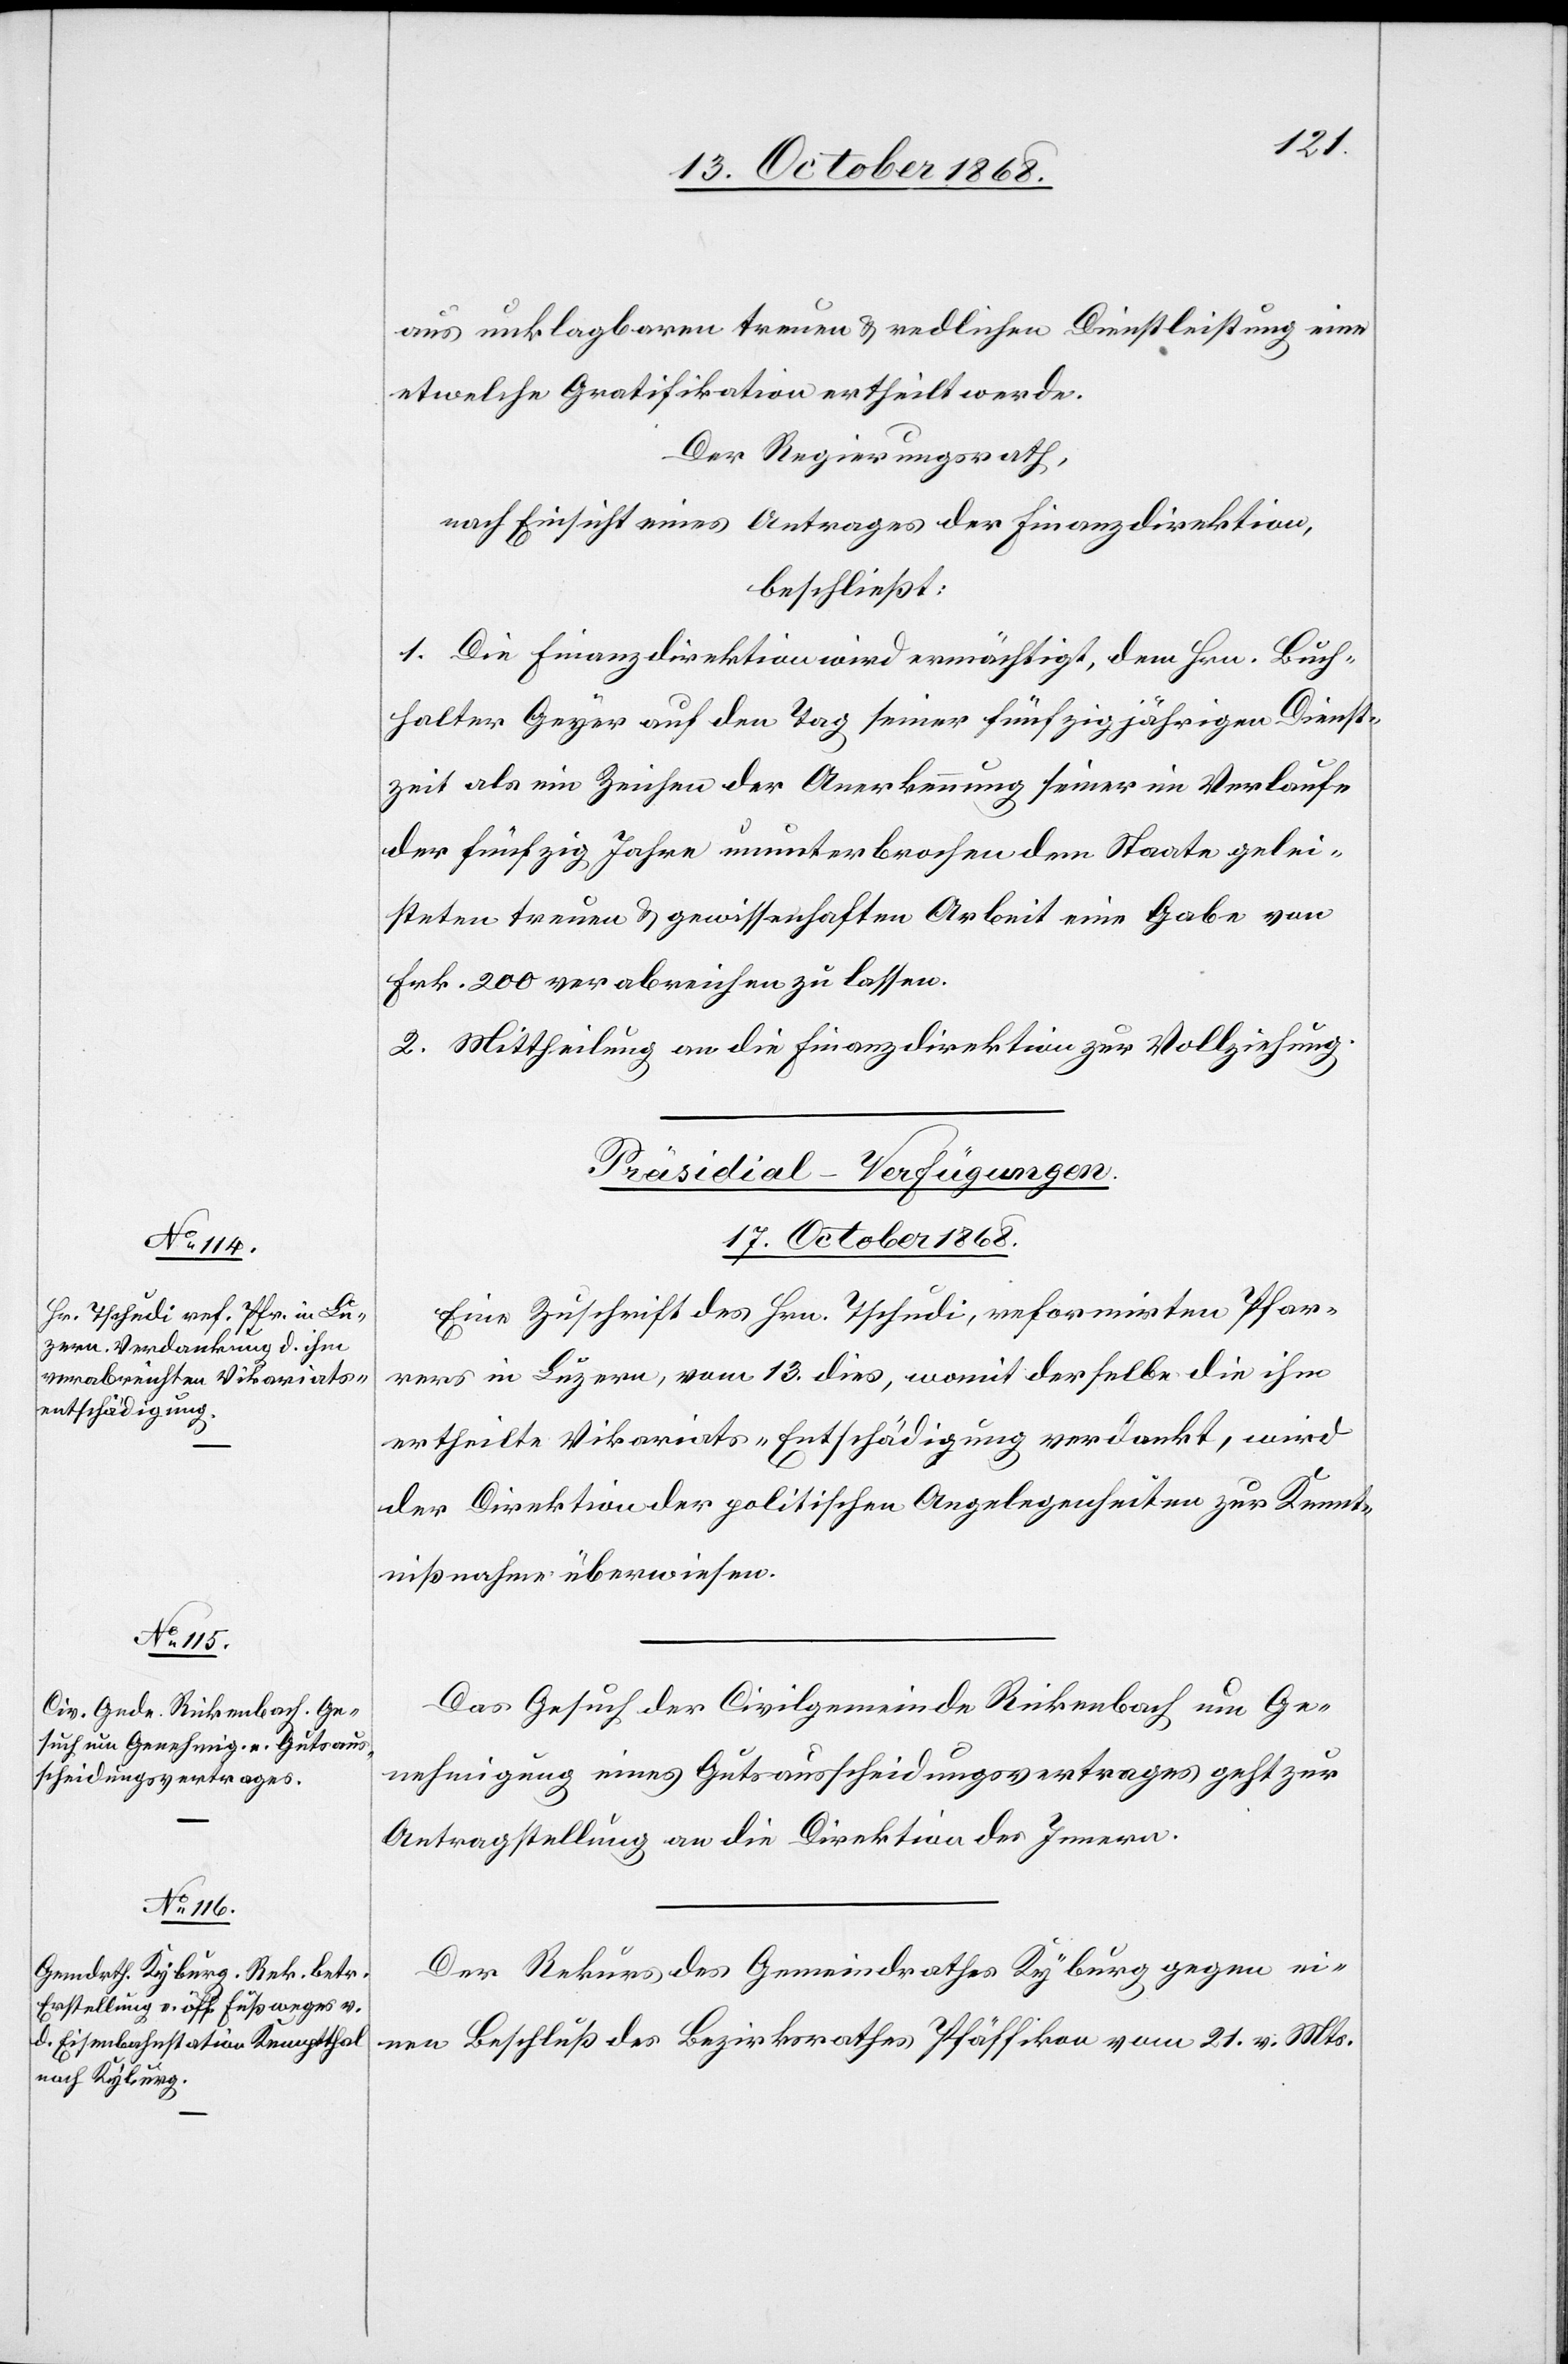
aus unklagbaren treuen & redlichen Dienstleistung eine
etwelche Gratifikation ertheilt werde.
Der Regierungsrath,
nach Einsicht eines Antrages der Finanzdirektion,
beschließt:
1. Die Finanzdirektion wird ermächtigt, dem Hrn. Buch¬
halter Geyer auf den Tag seiner fünfzigjährigen Dienst¬
zeit als ein Zeichen der Anerkennung seiner im Verlaufe
der fünfzig Jahre ununterbrochen dem Staate gelei¬
steten treuen & gewissenhaften Arbeit eine Gabe von
Frk. 200 verabreichen zu lassen.
2. Mittheilung an die Finanzdirektion zur Vollziehung.
[Präsidial-Verfügungen.
17. October 1868.]
Eine Zuschrift des Hrn. Tschudi, reformirten Pfar¬
rers in Luzern, vom 13. dies, womit derselbe die ihm
ertheilte Vikariats-Entschädigung verdankt, wird
der Direktion der politischen Angelegenheiten zur Kennt¬
nißnahme überwiesen.
Das Gesuch der Civilgemeinde Rickenbach um Ge¬
nehmigung eines Gutsausscheidungsvertrages geht zur
Antragstellung an die Direktion des Innern.
Der Rekurs des Gemeindrathes Kyburg gegen ei¬
nen Beschluß des Bezirksrathes Pfäffikon vom 21. v. Mts.